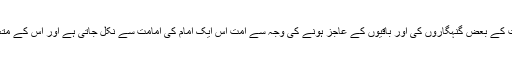
لیکن اگر بالفرض امت کے بعض گنہگاروں کی اور باقیوں کے عاجز ہونے کی وجہ سے امت اس ایک امام کی امامت سے نکل جاتی ہے اور اس کے متعدد آئمہ بن جاتے ہیں۔